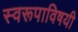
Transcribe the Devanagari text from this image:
स्वरूपाविषयी